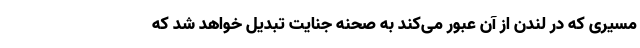
مسیری که در لندن از آن عبور می‌کند به صحنه جنایت تبدیل خواهد شد که